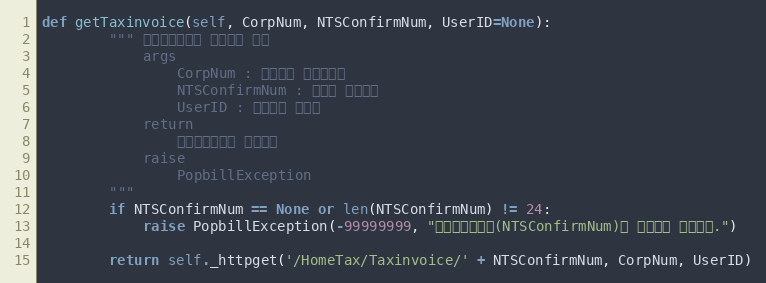
Language: Python
def getTaxinvoice(self, CorpNum, NTSConfirmNum, UserID=None):
        """ 전자세금계산서 상세정보 확인
            args
                CorpNum : 팝빌회원 사업자번호
                NTSConfirmNum : 국세청 승인번호
                UserID : 팝빌회원 아이디
            return
                전자세금계산서 정보객체
            raise
                PopbillException
        """
        if NTSConfirmNum == None or len(NTSConfirmNum) != 24:
            raise PopbillException(-99999999, "국세청승인번호(NTSConfirmNum)가 올바르지 않습니다.")

        return self._httpget('/HomeTax/Taxinvoice/' + NTSConfirmNum, CorpNum, UserID)